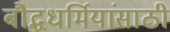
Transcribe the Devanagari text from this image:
बौद्धधर्मियांसाठी